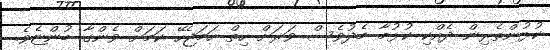
ކުޅުންތެރިން ދެއްކި ކުޅުމާ މެދުވެސް ވަރަށް ހިތް ހަމަޖެހޭ ކަމަށް ވެންގާ ބުންޏެވެ.